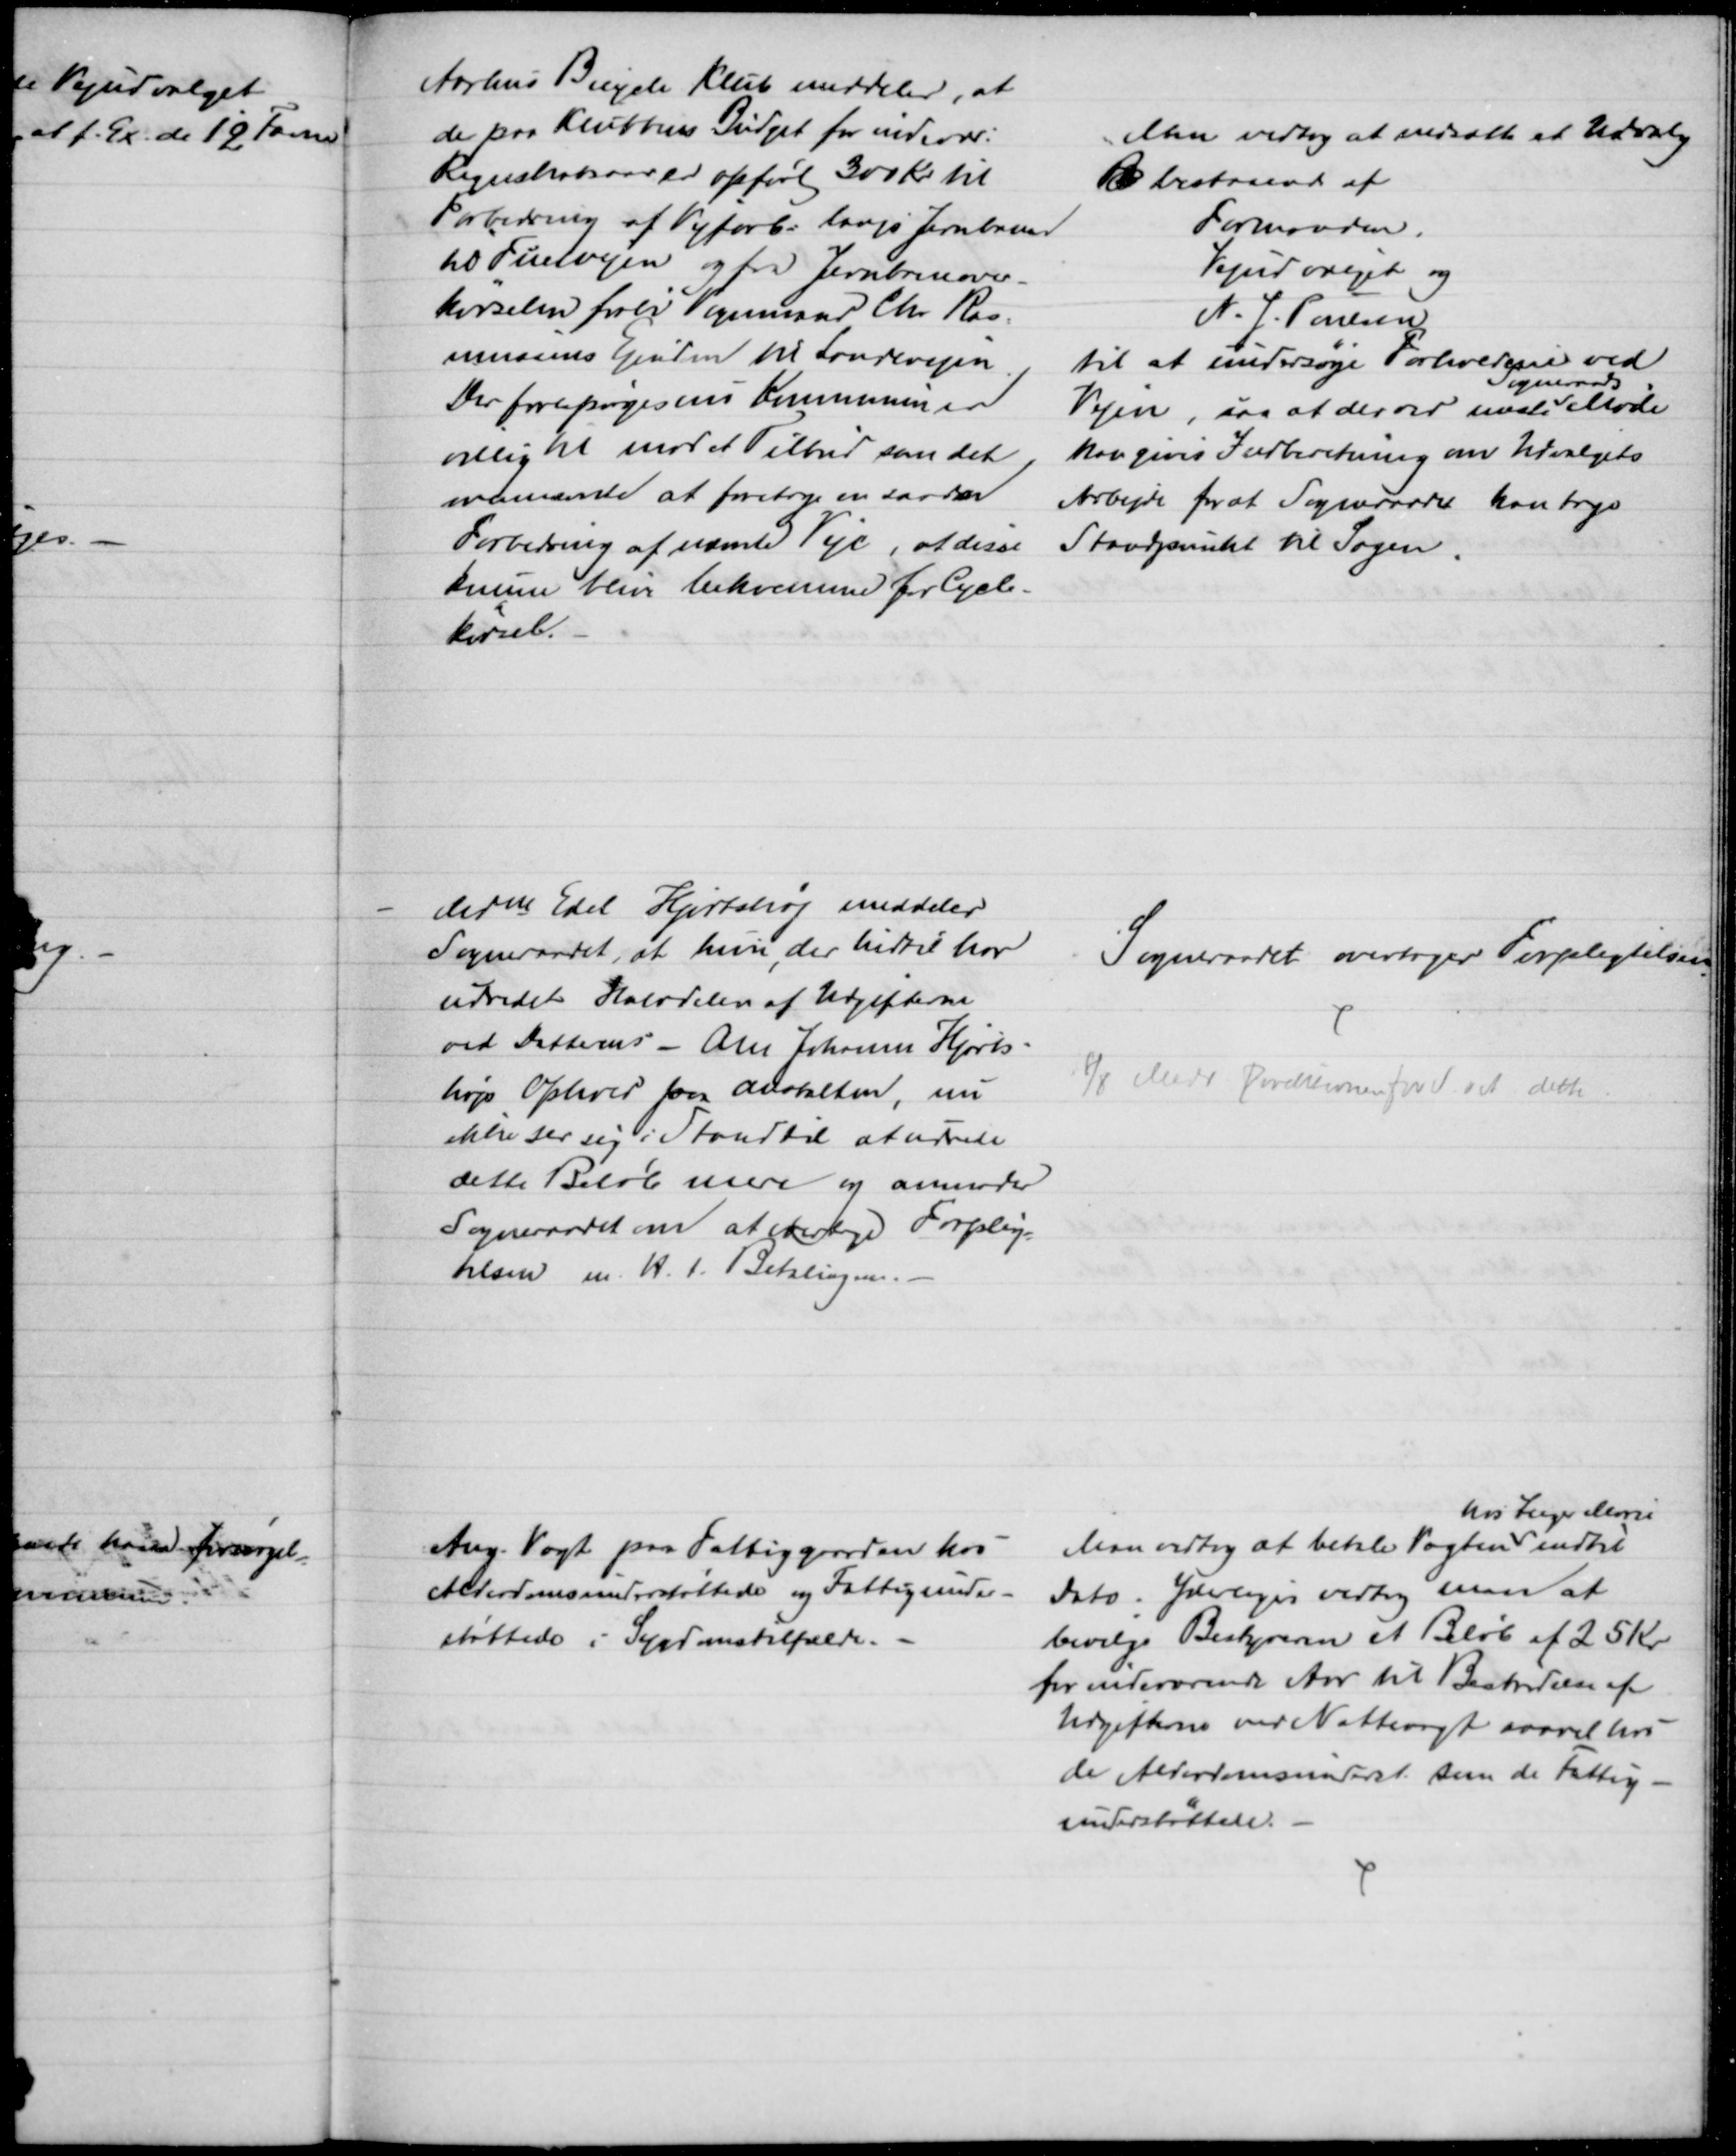
Transskription:
Aarhus Bicycle Klub meddeler, at
der paa Klubbens Budget for indev:
Regnskabsaar er opført 300 Kr til
Forbedring af Vejforb. langs Jernbanen
til Fuetvejen og fra Jernbaneover-
kørselen forbi Vognmand Chr. Ras=
mussens Ejendom til Landevejen.
Der forespørges om Kommunen er
villig til mod et Tilbud som det
ovennævnte at foretage en saadan
Forbedring af nævnte Veje, at disse
kunne blive bekvemme for Cycle-
kørsel.
Man vedtog at nedsætte et Udvalg
R bestaaende af
Formanden.
Vejudvalget og
N. J. Poulsen
til at undersøge Forholdene ved
Vejen, saa at der ved næste 
Sogneraads
Møde
kan gives Indberetning om Udvalgets 
Arbejde for at Sogneraadet kan tage
Standpunkt til Sagen.
Mdm Edel Hjortshøj meddeler
Sogneraadet, at hun, der hidtil har
udredet Halvdelen af Udgifterne
ved Datterens - Ane Johanne Hjorts-
højs Ophold paa Anstalten, nu 
ikke ser sig i Stand til at udrede
dette Beløb mere og anmoder
Sogneraadet om at overtage Forplig-
telsen m. H. t. Betalingen.
Sogneraadet overtager Forpligtelsen
8/8 Medd Direktionen for S. ud dette
Ang. Vagt paa Fattiggaarden hos
Alderdomsunderstøttede og Fattigunder-
støttede i Sygdomstilfælde.
Man vedtog at betale Vagten 
hos Inger Marie
indtil
Dato. Yderliger vedtog man at 
bevilge Bestyreren et Beløb af 25 Kr.
for indeværende Aar til Bestridelse af
Udgifterne ved Nattevagt saavel hos 
de Alderdomsunderst: som de Fattig-
understøttede.